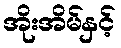
အိုးအိမ်နှင့်